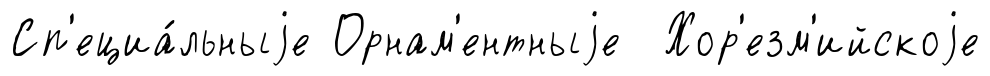
Сп'ециа́льныjе Орнам'ентныjе Хор'езм'ийскоjе